NAE_ERA_R-2324_Eesti_Vabariigi_Pohiseaduslik_Assamblee, lk 155
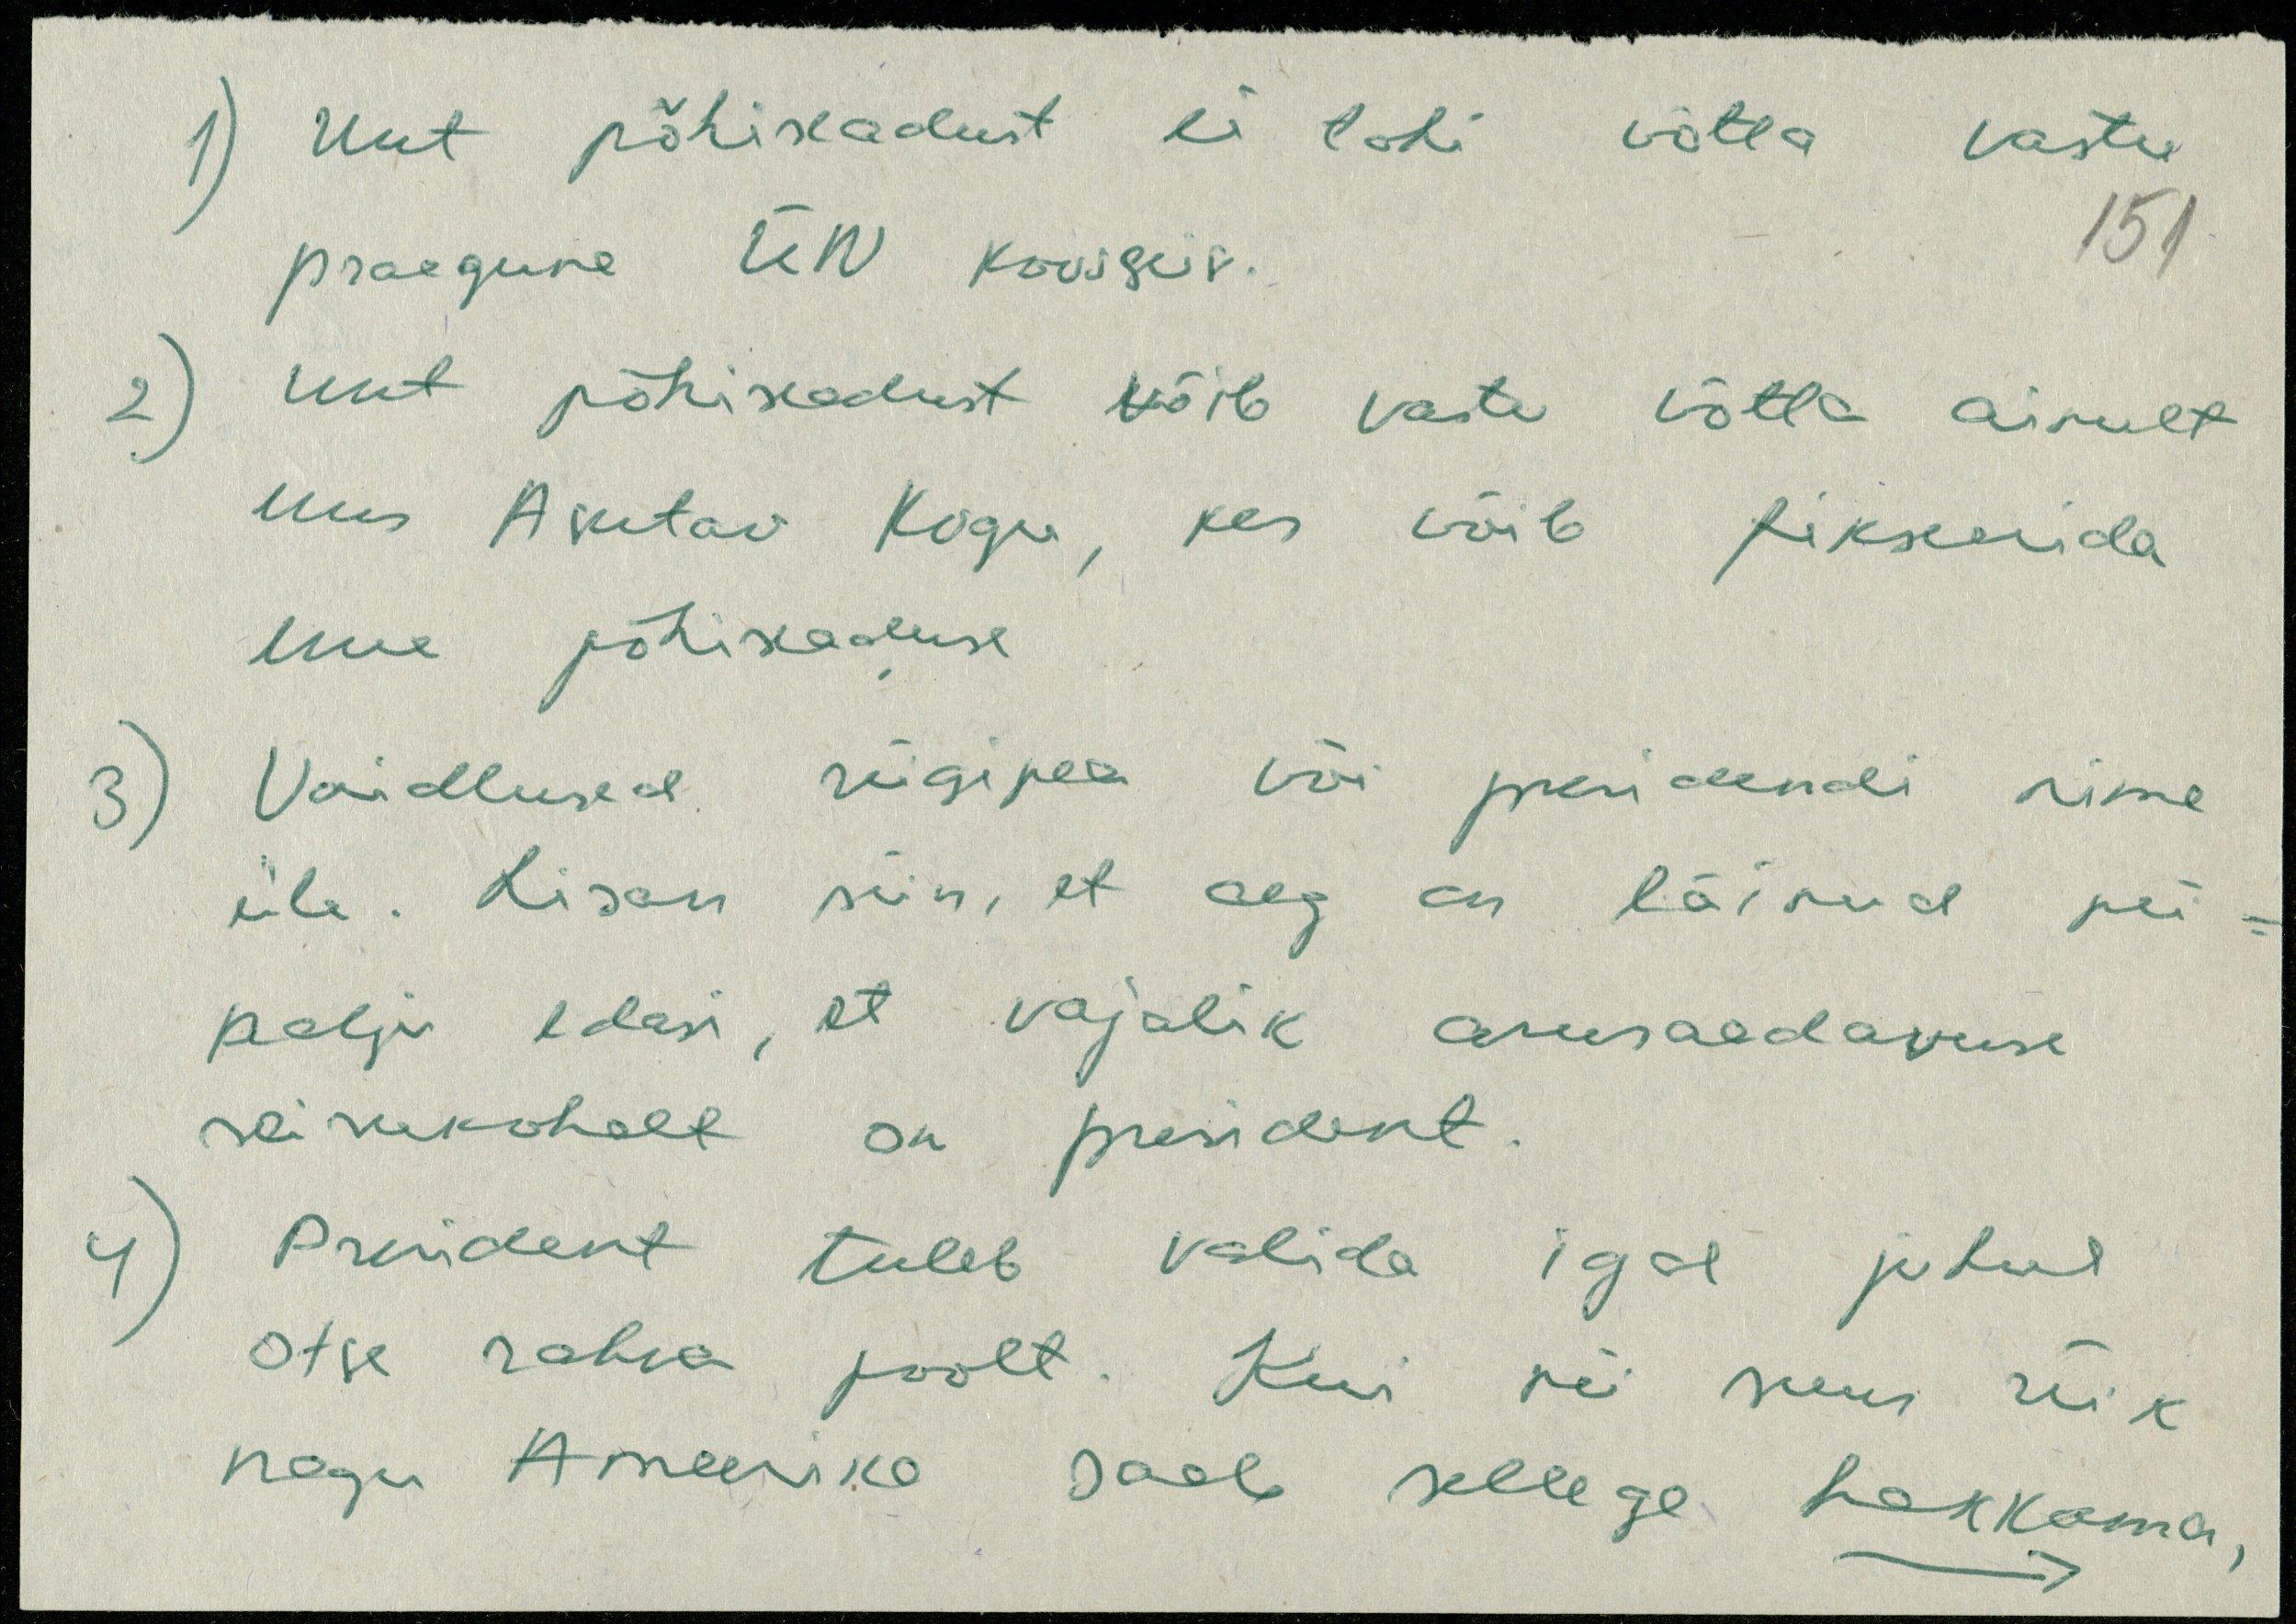
1) Uut põhiseadust ei tohi võtta vastu
praegune ÜN koosseis.
151
2) uut põhiseadust võib vastu võtta ainult
Uus Asutav Kogu, kes võib fikseerida
uue põhiseaduse
Vaidlused riigipea või presidendi nime
üle. Lisan siin, et aeg on läinud nii
palju edasi, et vajalik arusaadavuse
seisukohalt on president.
President tuleb valida igal juhul
otse rahva poolt. Kui nii suur riik
nagu Ameerika saab sellega hakkama,